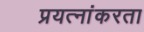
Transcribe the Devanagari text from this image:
प्रयत्नांकरता